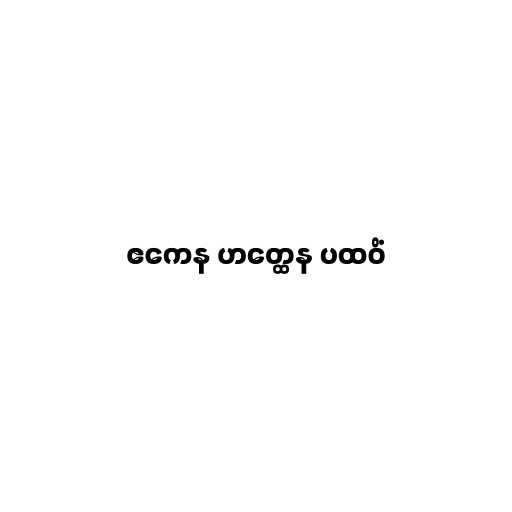
ဧကေန ဟတ္ထေန ပထဝိံ